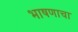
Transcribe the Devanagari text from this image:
भाषणाचा